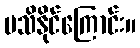
မသိနိုင်ကြောင်း။